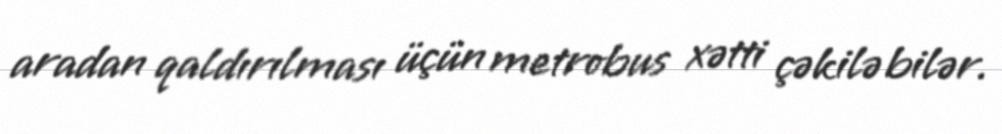
aradan qaldırılması üçün metrobus xətti çəkilə bilər.